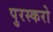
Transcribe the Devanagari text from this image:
पुरस्करो